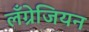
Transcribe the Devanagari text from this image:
लँग्रेजियन